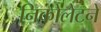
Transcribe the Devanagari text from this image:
निकोलेटने